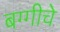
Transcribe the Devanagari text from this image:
बग्गीचे